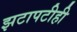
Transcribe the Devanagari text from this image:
झटापटीही